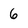
Character: 6